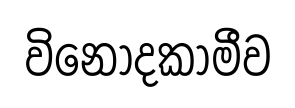
විනෝදකාමීව